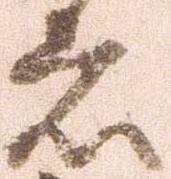
者